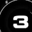
Digit: 3